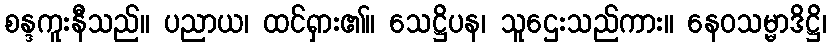
စန္ဒကူးနီသည်။ ပညာယ၊ ထင်ရှား၏။ သေဋ္ဌိပန၊ သူဌေးသည်ကား။ နေဝသမ္မာဒိဋ္ဌိ၊